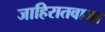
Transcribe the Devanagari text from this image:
जाहिरातवाजा